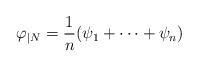
\begin{align*}\varphi_{|N} = \frac{1}{n} (\psi_1 + \cdots + \psi_n) \end{align*}